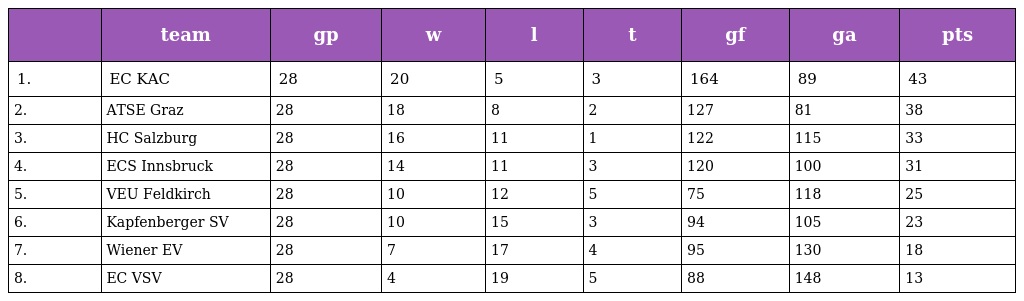
|  | team | gp | w | l | t | gf | ga | pts |
 | --- | --- | --- | --- | --- | --- | --- | --- | --- |
 | 1. | EC KAC | 28 | 20 | 5 | 3 | 164 | 89 | 43 |
 | 2. | ATSE Graz | 28 | 18 | 8 | 2 | 127 | 81 | 38 |
 | 3. | HC Salzburg | 28 | 16 | 11 | 1 | 122 | 115 | 33 |
 | 4. | ECS Innsbruck | 28 | 14 | 11 | 3 | 120 | 100 | 31 |
 | 5. | VEU Feldkirch | 28 | 10 | 12 | 5 | 75 | 118 | 25 |
 | 6. | Kapfenberger SV | 28 | 10 | 15 | 3 | 94 | 105 | 23 |
 | 7. | Wiener EV | 28 | 7 | 17 | 4 | 95 | 130 | 18 |
 | 8. | EC VSV | 28 | 4 | 19 | 5 | 88 | 148 | 13 |